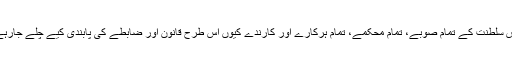
آخر اس سلطنت کے تمام صوبے، تمام محکمے، تمام ہرکارے اور کارندے کیوں اس طرح قانون اور ضابطے کی پابندی کیے چلے جارہے ہیں؟